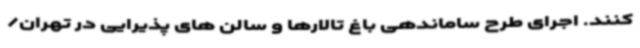
کنند. اجرای طرح ساماندهی باغ تالارها و سالن های پذیرایی در تهران/